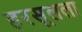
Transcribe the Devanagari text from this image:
हरसूलला